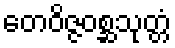
တေဝိဇ္ဇဝစ္ဆသုတ္တံ